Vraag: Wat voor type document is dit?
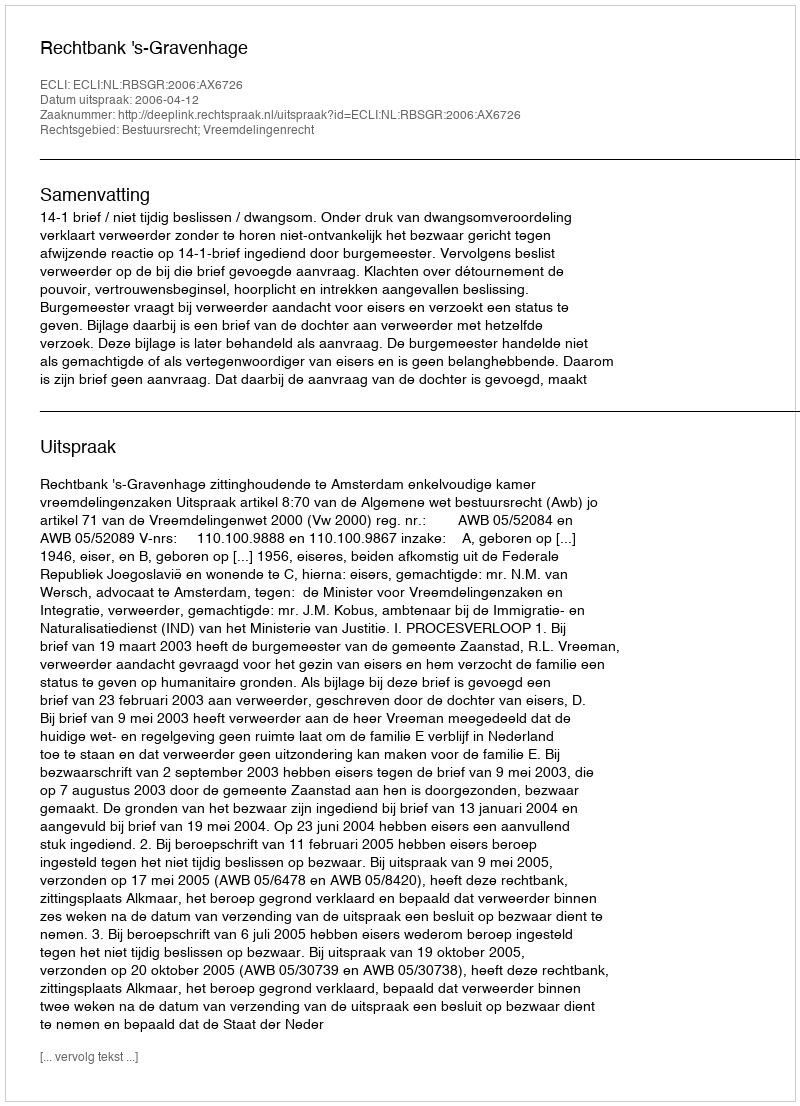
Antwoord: Uitspraak